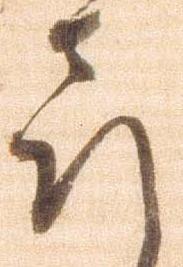
喜